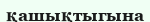
қашықтыгына